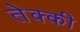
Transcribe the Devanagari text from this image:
तेक्की